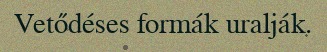
Vetődéses formák uralják.